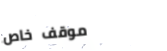
موقف خاص